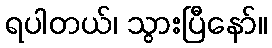
ရပါတယ်၊ သွားပြီနော်။